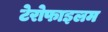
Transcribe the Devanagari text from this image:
टेरोफाइलम